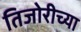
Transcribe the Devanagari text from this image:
तिजोरीच्या